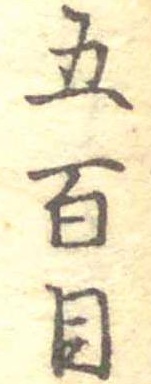
五百目